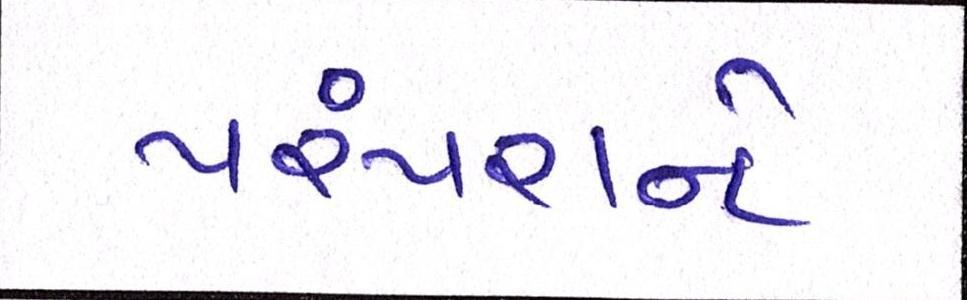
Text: પરંપરાને